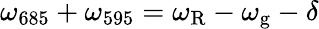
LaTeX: \omega_{\mathrm{685}}+\omega_{\mathrm{595}}=\omega_{\mathrm{R}}-\omega_{\mathrm{g}}-\delta